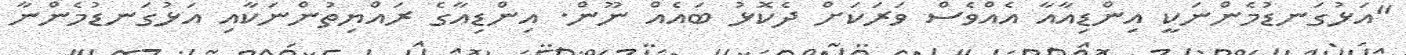
"އަޅުގަނޑުމެންނަކީ އިންޑިއާއާ އެއްވެސް ވަރަކަށް ދެކޮޅު ބައެއް ނޫން. އިންޑިއާގެ ރައްޔިތުންނަކާއި އަޅުގަނޑުމެންނާ